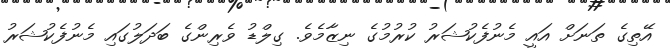
އޭތިގެ ތަނަށް އައީ މެނުފެކުޝަރު ކުރުމުގެ ނިޒާމެވެ. ގިލްޑު ވެރިންގެ ބަދަލުގައި މެނުފެކުޝަރު